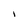
Character: i